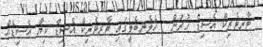
ޓާރޓެރިކް އެސިޑް ހުރުން : ހެލެނބެލީގައި ޓާރޓެރިކް އެސިޑް ކިޔާ އެސިޑެއް